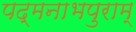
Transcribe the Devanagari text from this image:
पद्मनाभपुराम्